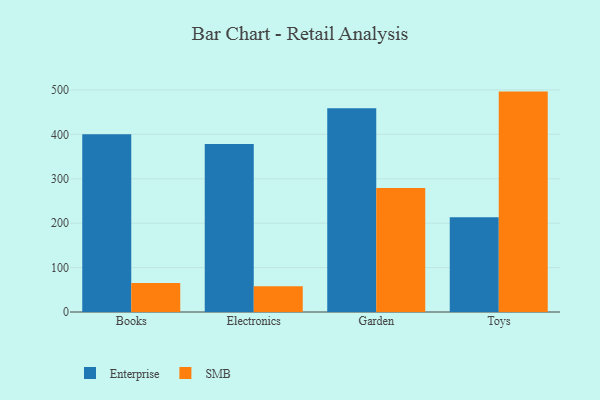
{"axis": {"x": "Category", "y": "Operating Costs (USD K)"}, "legend": ["Enterprise", "SMB"], "data": [{"x": "Books", "y": 400.1, "type": "Enterprise"}, {"x": "Books", "y": 65.1, "type": "SMB"}, {"x": "Electronics", "y": 378.0, "type": "Enterprise"}, {"x": "Electronics", "y": 57.8, "type": "SMB"}, {"x": "Garden", "y": 458.5, "type": "Enterprise"}, {"x": "Garden", "y": 279.1, "type": "SMB"}, {"x": "Toys", "y": 213.4, "type": "Enterprise"}, {"x": "Toys", "y": 496.2, "type": "SMB"}]}